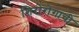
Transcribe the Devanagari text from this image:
शिरोरोगाची